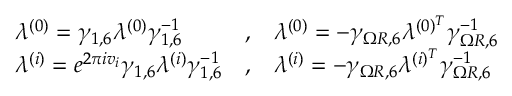
\begin{array} { l c l } { { \lambda ^ { ( 0 ) } = \gamma _ { 1 , 6 } \lambda ^ { ( 0 ) } \gamma _ { 1 , 6 } ^ { - 1 } } } & { { , } } & { { \lambda ^ { ( 0 ) } = - \gamma _ { \Omega R , 6 } \lambda ^ { ( 0 ) ^ { T } } \gamma _ { \Omega R , 6 } ^ { - 1 } } } \\ { { \lambda ^ { ( i ) } = e ^ { 2 \pi i v _ { i } } \gamma _ { 1 , 6 } \lambda ^ { ( i ) } \gamma _ { 1 , 6 } ^ { - 1 } } } & { { , } } & { { \lambda ^ { ( i ) } = - \gamma _ { \Omega R , 6 } \lambda ^ { ( i ) ^ { T } } \gamma _ { \Omega R , 6 } ^ { - 1 } } } \end{array}